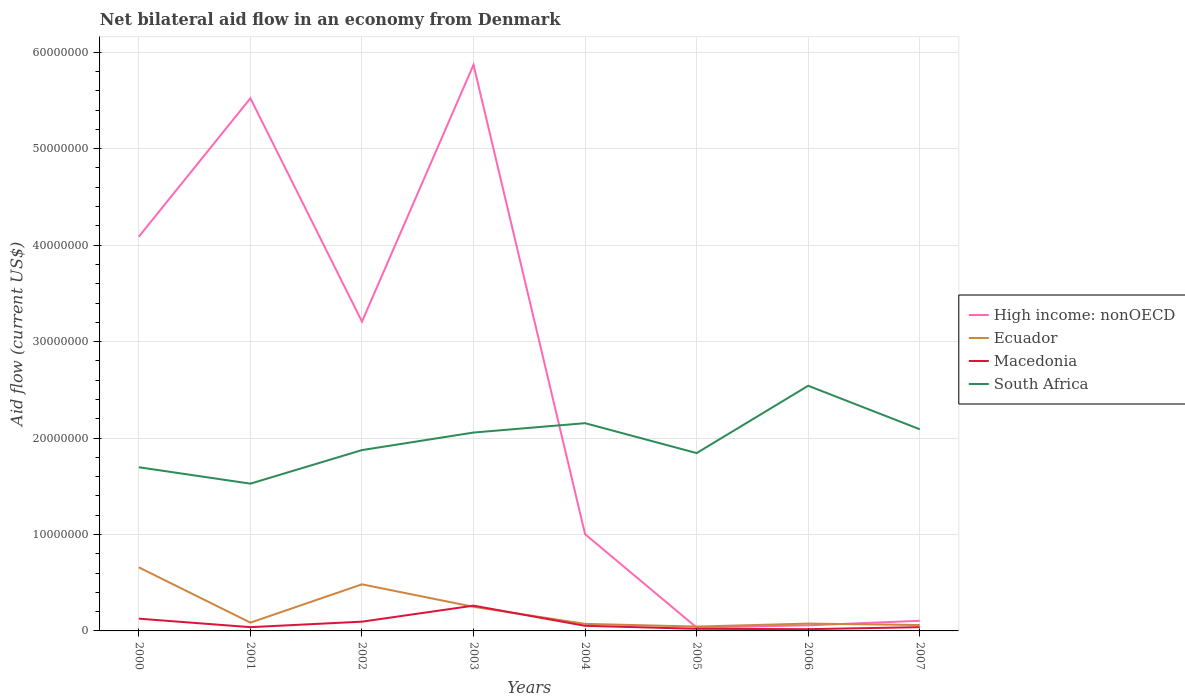
| Years | High income: nonOECD | Ecuador | Macedonia | South Africa |
 | --- | --- | --- | --- | --- |
 | 2000 | 4.09e+07 | 6.59e+06 | 1.27e+06 | 1.7e+07 |
 | 2001 | 5.52e+07 | 8.6e+05 | 3.9e+05 | 1.53e+07 |
 | 2002 | 3.21e+07 | 4.83e+06 | 9.6e+05 | 1.88e+07 |
 | 2003 | 5.87e+07 | 2.5e+06 | 2.62e+06 | 2.06e+07 |
 | 2004 | 1e+07 | 7.3e+05 | 5.3e+05 | 2.15e+07 |
 | 2005 | 3.5e+05 | 4.5e+05 | 2.2e+05 | 1.84e+07 |
 | 2006 | 5.8e+05 | 7.6e+05 | 1.8e+05 | 2.54e+07 |
 | 2007 | 1.05e+06 | 6.1e+05 | 3.9e+05 | 2.09e+07 |